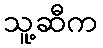
သူ့ဆီက